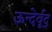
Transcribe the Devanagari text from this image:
ऊन्देर्वूद्